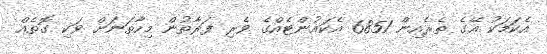
އެކަމަކު އޭގެ ތެރެއިން 6851 އެކައުންޓެއްގެ ވެރި ފަރާތުން މިހާތަނަށް ވަކި ގޮތެއް